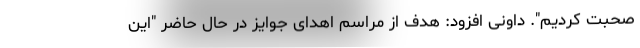
صحبت کردیم". داونی افزود: هدف از مراسم اهدای جوایز در حال حاضر "این